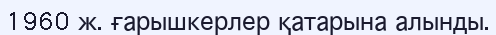
1960 ж. ғарышкерлер қатарына алынды.